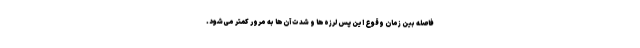
فاصله بین زمان وقوع این پس لرزه‌ها و شدت آن‌ها به مرور کمتر می‌شود.